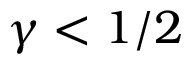
\gamma < 1 / 2